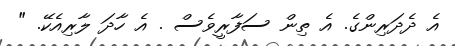
އެ ދެދަރިންގެ. އެ ތިން ސަފާރީވެސް . އެ ހާދަ ލާރިއެކޭ. "